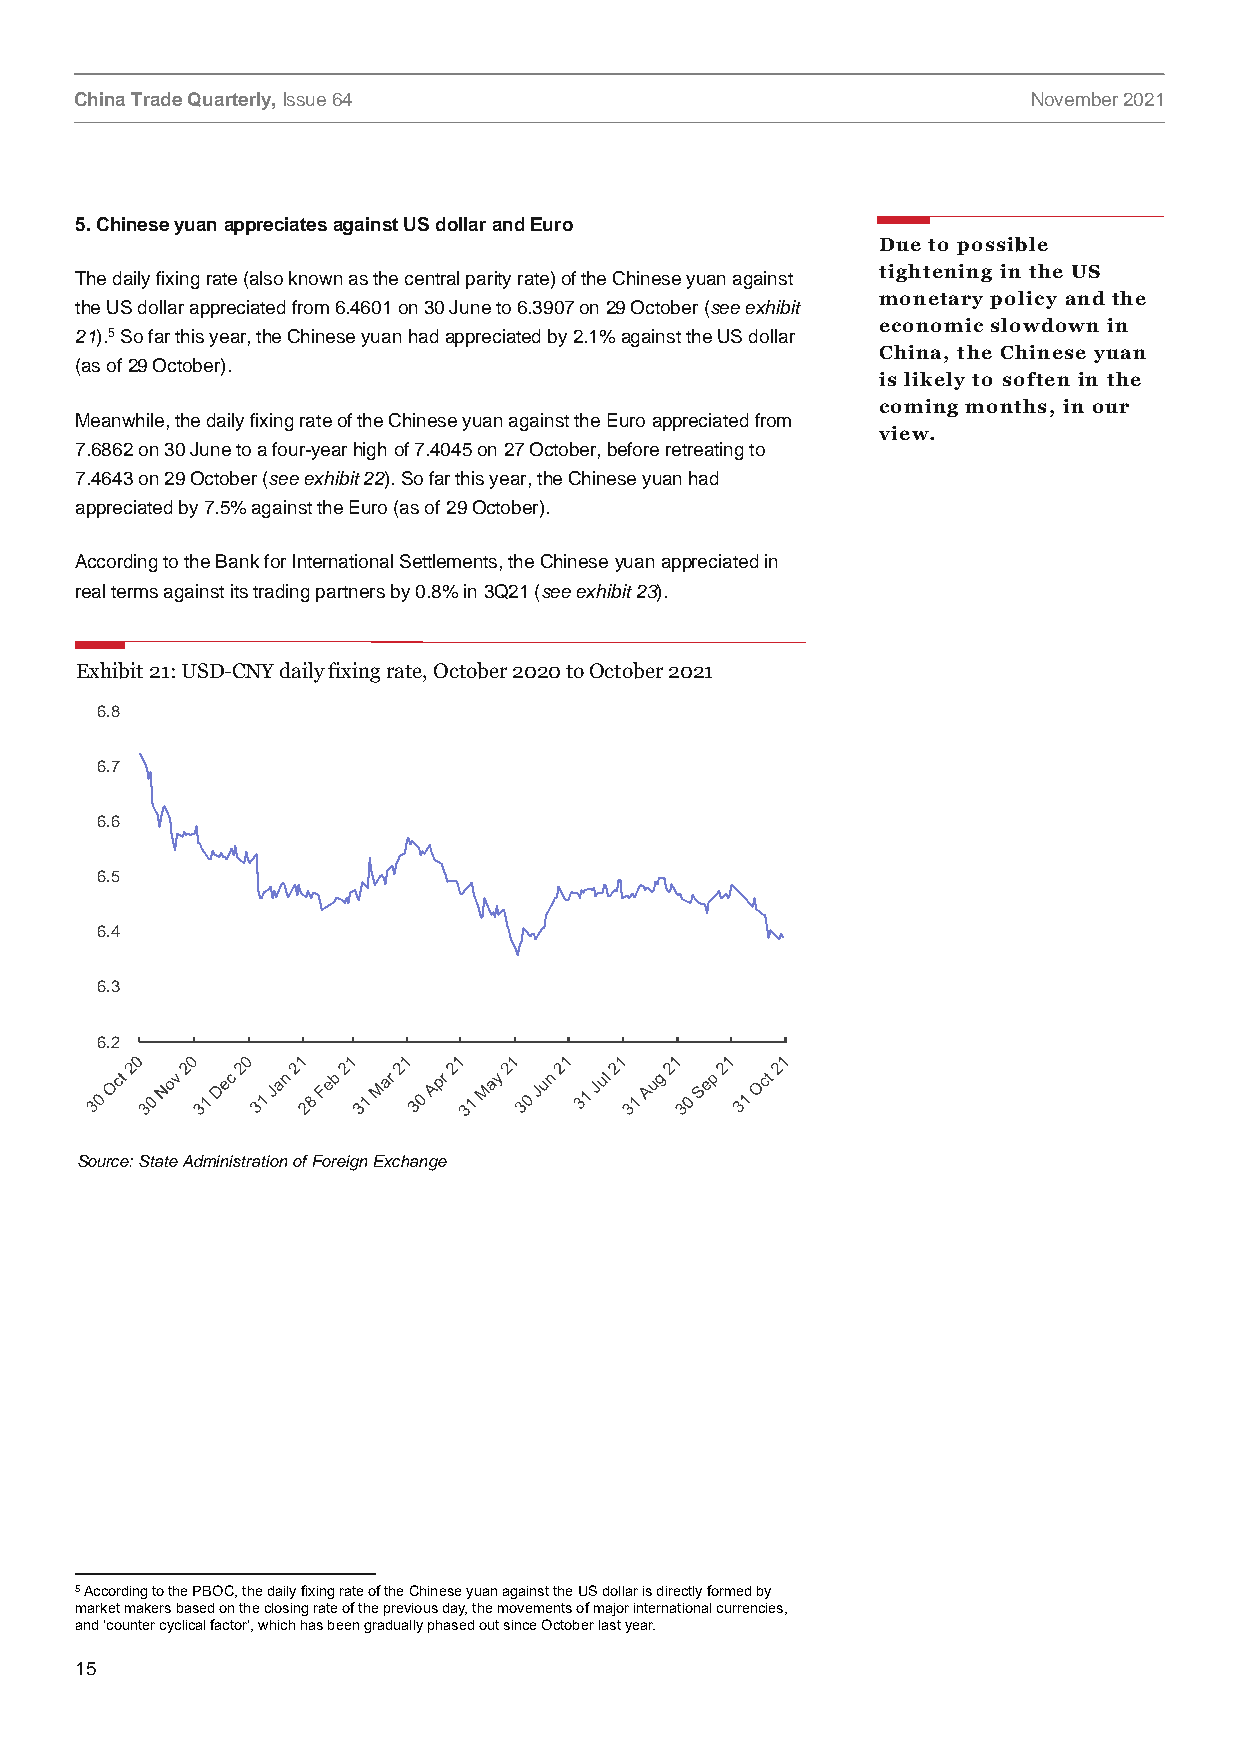
China Trade Quarterly, Issue 64                                November 2021
 5. Chinese yuan appreciates against US dollar and Euro
 Due to possible
 tightening in the US
 The daily fixing rate (also known as the central parity rate) of the Chinese yuan against
 monetary policy and the
 the US dollar appreciated from 6.4601 on 30 June to 6.3907 on 29 October (see exhibit
 economic slowdown in
 21).5 So far this year, the Chinese yuan had appreciated by 2.1% against the US dollar
 China, the Chinese yuan
 (as of 29 October).
 is likely to soften in the
 coming months, in our
 Meanwhile, the daily fixing rate of the Chinese yuan against the Euro appreciated from
 view.
 7.6862 on 30 June to a four-year high of 7.4045 on 27 October, before retreating to
 7.4643 on 29 October (see exhibit 22). So far this year, the Chinese yuan had
 appreciated by 7.5% against the Euro (as of 29 October).
 According to the Bank for International Settlements, the Chinese yuan appreciated in
 real terms against its trading partners by 0.8% in 3Q21 (see exhibit 23).
 Exhibit 21: USD-CNY daily fixing rate, October 2020 to October 2021
 6.8
 6.7
 6.6
 6.5
 6.4
 6.3
 6.2
 Source: State Administration of Foreign Exchange
 5 According to the PBOC, the daily fixing rate of the Chinese yuan against the US dollar is directly formed by
 market makers based on the closing rate of the previous day, the movements of major international currencies,
 and ‘counter cyclical factor’, which has been gradually phased out since October last year.
 15